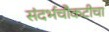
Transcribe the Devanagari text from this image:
संदर्भचौकटीचा